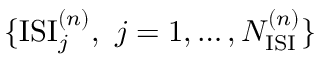
\{ \mathrm { I S I } _ { j } ^ { ( n ) } , ~ j = 1 , \dots , N _ { \mathrm { I S I } } ^ { ( n ) } \}